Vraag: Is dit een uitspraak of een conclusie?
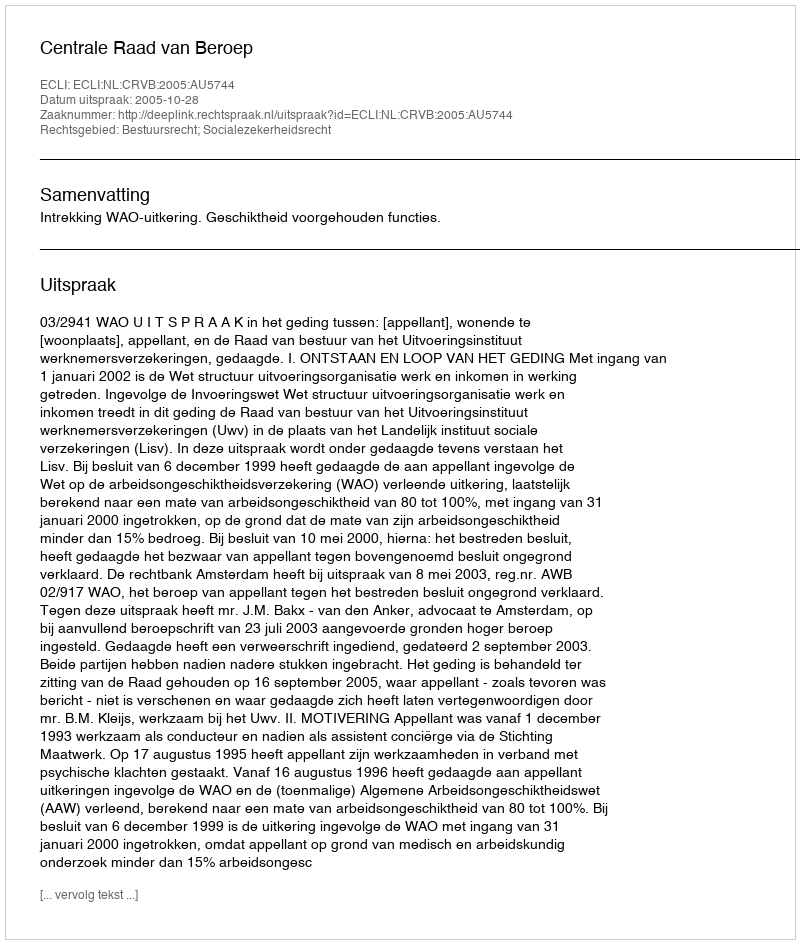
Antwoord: Uitspraak